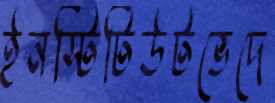
ইনস্টিটিউটভেদে